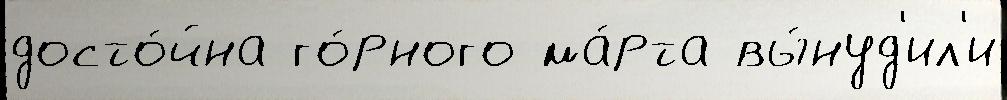
досто́йна го́рного ма́рта вы́нуд'ил'и